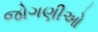
જોગણીઓ